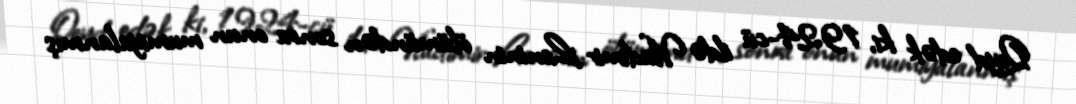
Qeyd edək ki, 1924-cü ildə Vladimir Leninin ölümündən sonra onun mumiyalanmış